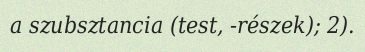
a szubsztancia (test, -részek); 2).